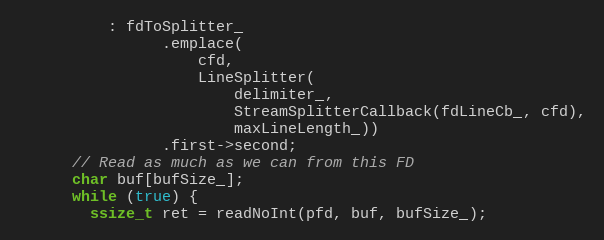
Language: C
          : fdToSplitter_
                .emplace(
                    cfd,
                    LineSplitter(
                        delimiter_,
                        StreamSplitterCallback(fdLineCb_, cfd),
                        maxLineLength_))
                .first->second;
      // Read as much as we can from this FD
      char buf[bufSize_];
      while (true) {
        ssize_t ret = readNoInt(pfd, buf, bufSize_);